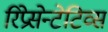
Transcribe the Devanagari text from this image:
रिप्रेसेन्टेटिव्स